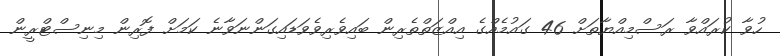
ހުވާ ކުރައްވާ ރަސްމިއްޔާތަށް 46 ގައުމެއްގެ އިއްޒަތްތެރިން ބައިވެރިވެވަޑައިގަންނަވާނެ ކަމަށް ފޮރިން މިނިސްޓްރީން